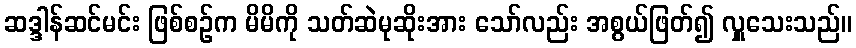
ဆဒ္ဒါန်ဆင်မင်း ဖြစ်စဉ်က မိမိကို သတ်ဆဲမုဆိုးအား သော်လည်း အစွယ်ဖြတ်၍ လှူသေးသည်။